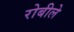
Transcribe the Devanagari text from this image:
रोबीले